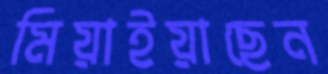
মিয়াইয়াছেন